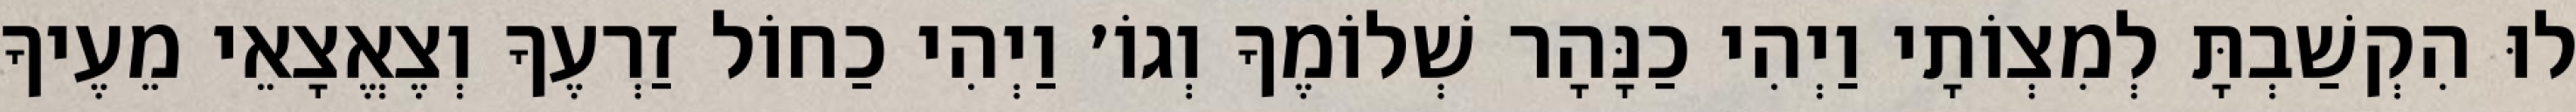
לוּ הִקְשַׁבְתָּ לְמִצְוֹתָי וַיְהִי כַנָּהָר שְׁלוֹמֶךָ וְגוֹ׳ וַיְהִי כַחוֹל זַרְעֶךָ וְצֶאֱצָאֵי מֵעֶיךָ